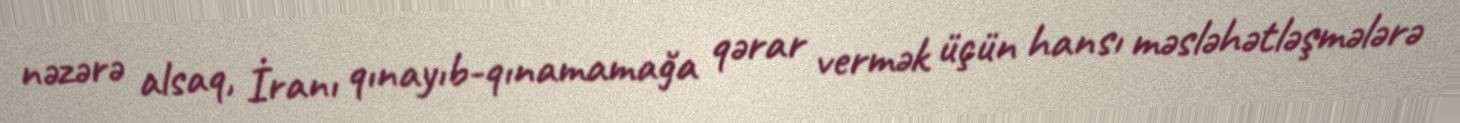
nəzərə alsaq, İranı qınayıb-qınamamağa qərar vermək üçün hansı məsləhətləşmələrə